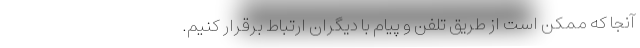
آنجا که ممکن است از طریق تلفن و پیام با دیگران ارتباط برقرار کنیم.